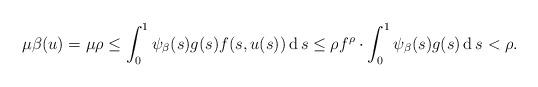
LaTeX: \begin{align*}\mu\beta(u)=\mu\rho\leq\int_0^1\psi_\beta(s)g(s)f(s,u(s))\operatorname{d} s \leq\rho f^{\rho}\cdot\int_0^1\psi_\beta(s)g(s)\operatorname{d} s <\rho.\end{align*}